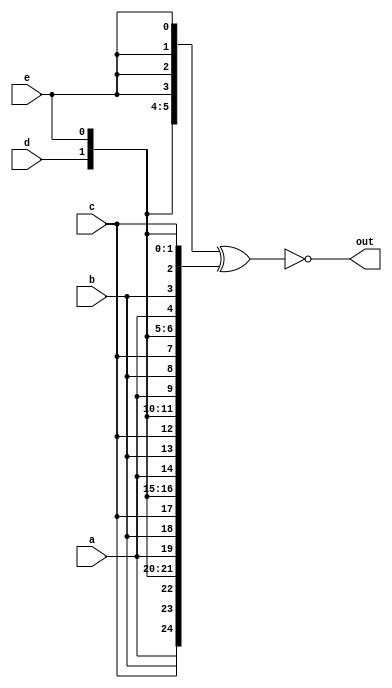
module top_module (
    input a, b, c, d, e,
    output [24:0] out );
    
    wire [24:0] copy_input = {{5{a}}, {5{b}}, {5{c}}, {5{d}}, {5{e}}};
    wire [24:0] copy_abcde = {{5{a, b, c, d, e}}};
    
    assign out = ~(copy_input ^ copy_abcde);

endmodule